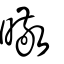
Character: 曔